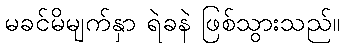
မခင်မိမျက်နှာ ရဲခနဲ ဖြစ်သွားသည်။